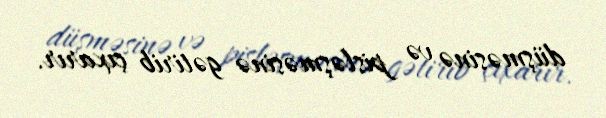
düşməsinə və pisləşməsinə gətirib çıxarır.